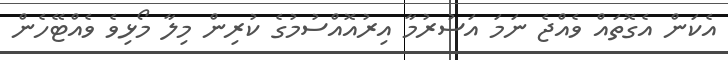
އެކަން އެގޮތައް ވެއްޖެ ނަމަ އަސުރުމާ އިރުއޮއްސުމުގެ ކުރިން މިލާ މޯޅިވެ ވެއްޓޭހެން